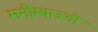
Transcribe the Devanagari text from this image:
मनीम्याऊची